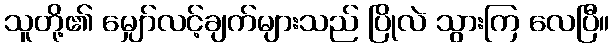
သူတို့၏ မျှော်လင့်ချက်များသည် ပြိုလဲ သွားကြ လေပြီ။